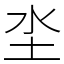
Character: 坔